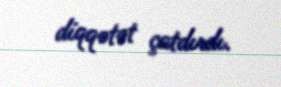
diqqətət çatdırdı.